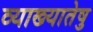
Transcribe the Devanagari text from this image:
व्याख्यातेषु